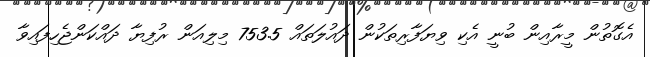
އެގޮތުން މީރާއިން ބުނީ އެކި ވިޔަފާރިތަކުން ދައުލަތައް 753.5 މިލިއަން ރުފިޔާ ދައްކަންޖެހިފައިވާ